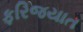
ફરિજયાત